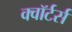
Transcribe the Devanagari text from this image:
क्वॉर्टर्स